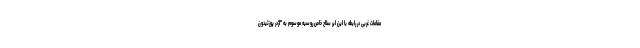
مقامات غربی در رابطه با این ابر سلاح خاص روسیه موسوم به "اژدر پوزئیدون